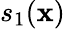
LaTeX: s_{1}(\mathbf{x})